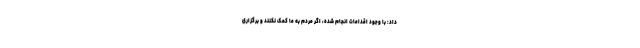
داد: با وجود اقدامات انجام شده، اگر مردم به ما کمک نکنند و برگزاری